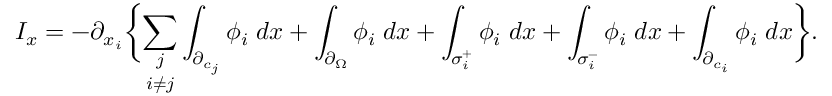
I _ { x } = - \partial _ { x _ { i } } \biggl \{ \underset { i \neq j } { \sum _ { j } } \int _ { \partial _ { c _ { j } } } \phi _ { i } \; d x + \int _ { \partial _ { \Omega } } \phi _ { i } \; d x + \int _ { \sigma _ { i } ^ { + } } \phi _ { i } \; d x + \int _ { \sigma _ { i } ^ { - } } \phi _ { i } \; d x + \int _ { \partial _ { c _ { i } } } \phi _ { i } \; d x \biggl \} .